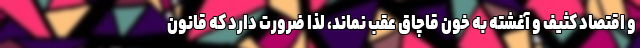
و اقتصاد کثیف و آغشته به خون قاچاق عقب نماند، لذا ضرورت دارد که قانون